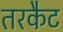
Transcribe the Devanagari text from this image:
तरकैट